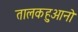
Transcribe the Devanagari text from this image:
तालकहुआनो